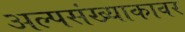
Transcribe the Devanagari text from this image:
अल्पसंख्याकावर